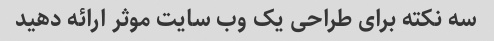
سه نکته برای طراحی یک وب سایت موثر ارائه دهید